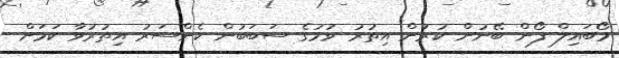
މޯބައިލް ފޯން ބޭނުން ކުރުން އިތުރު ވުމުގެ ސަބަބުން ކެންސަރު އިތުރުވާ ކަމަށް